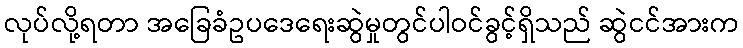
လုပ်လို့ရတာ အခြေခံဥပဒေရေးဆွဲမှုတွင်ပါဝင်ခွင့်ရှိသည် ဆွဲငင်အားက